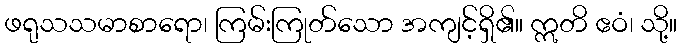
ဖရုသသမာစာရော၊ ကြမ်းကြုတ်သော အကျင့်ရှိ၏။ ဣတိ ဧဝံ၊ သို့။